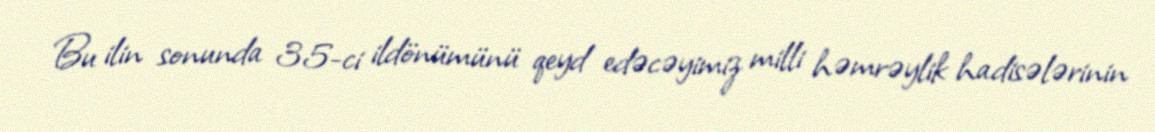
Bu ilin sonunda 35-ci ildönümünü qeyd edəcəyimiz milli həmrəylik hadisələrinin